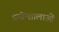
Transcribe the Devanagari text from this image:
प्रयोग्शालाओं